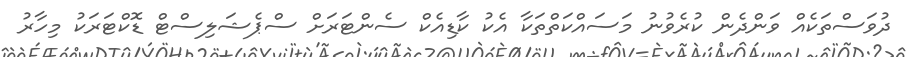
ދުވަސްތަކެއް ވަންދެން ކުރެވުނު މަސައްކަތްތަކާ އެކު ކާޑިއެކް ސެންޓަރަށް ސްޕެޝަލިސްޓް ޑޮކްޓަރަކު މިހާރު